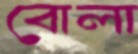
বোলা